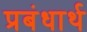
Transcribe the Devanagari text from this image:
प्रबंधार्थ